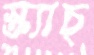
স্ক্র্যাচ্